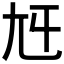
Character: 𡯍